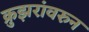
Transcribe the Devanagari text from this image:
क्रुझरांवरुन